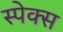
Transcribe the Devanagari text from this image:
स्पेक्स